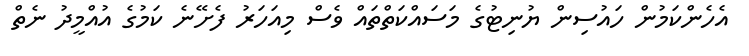
އެހެންކަމުން ހައުސިން ޔުނިޓުގެ މަސައްކަތްތައް ވެސް މިއަހަރު ފެށޭނެ ކަމުގެ އުއްމީދު ނެތް